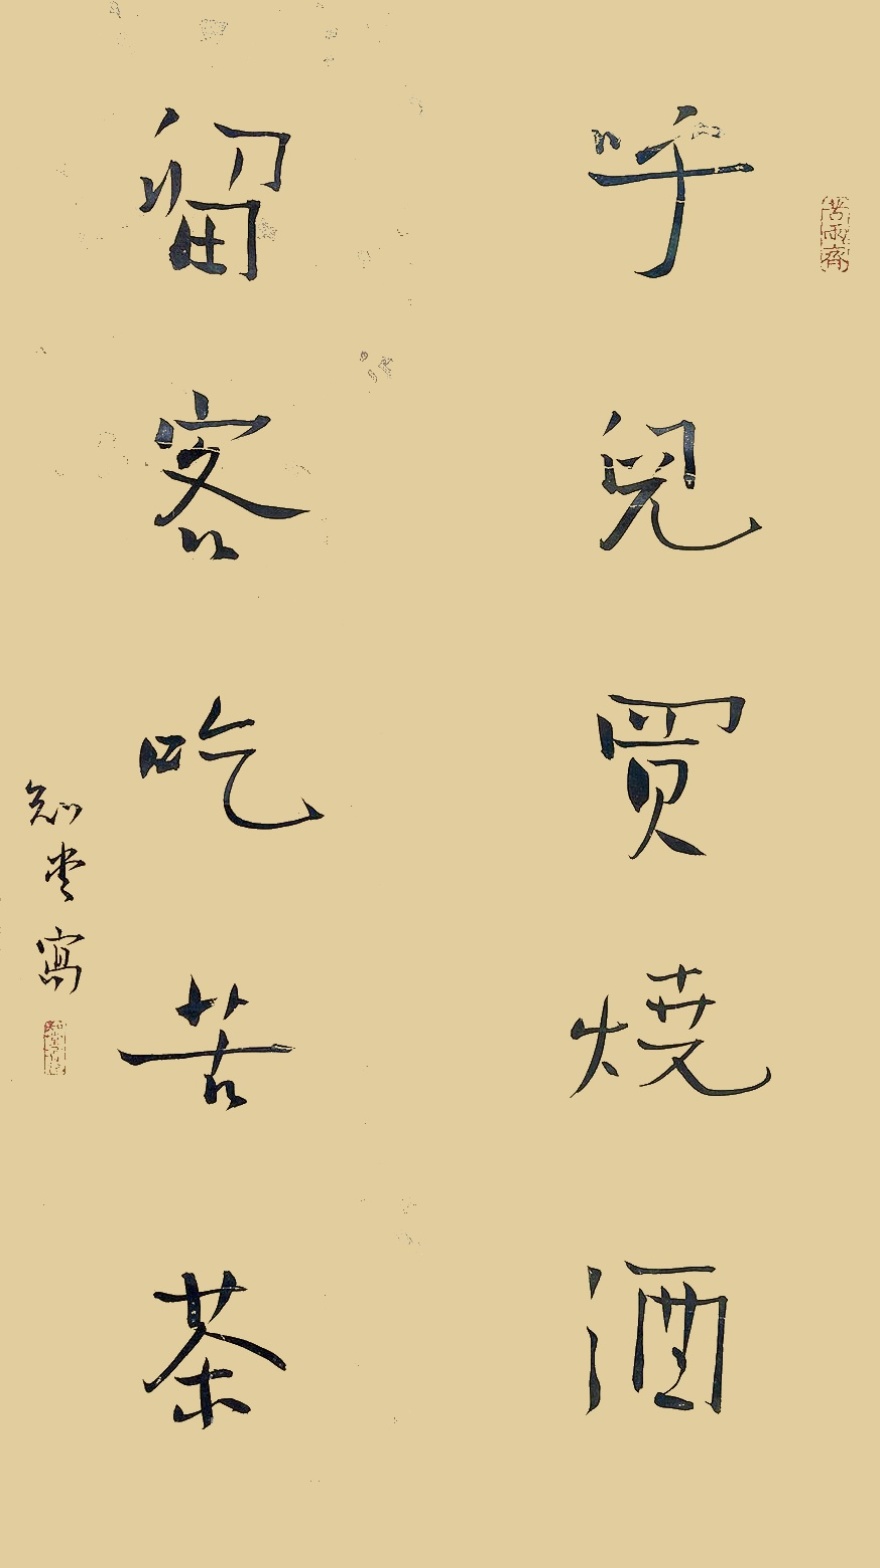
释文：呼儿买烧酒，留客吃苦茶。知堂写。